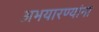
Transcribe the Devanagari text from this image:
अभयारण्यांना